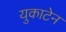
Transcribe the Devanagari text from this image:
युकाटेन